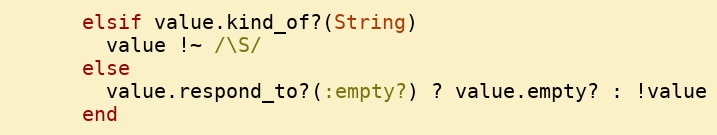
Language: Ruby
      elsif value.kind_of?(String)
        value !~ /\S/
      else
        value.respond_to?(:empty?) ? value.empty? : !value
      end